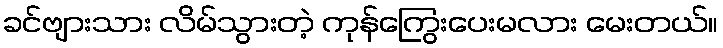
ခင်ဗျားသား လိမ်သွားတဲ့ ကုန်ကြွေးပေးမလား မေးတယ်။